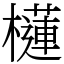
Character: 櫣